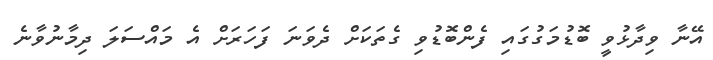
އޭނާ ވިދާޅުވީ ބޮޑުމަގުގައި ފެންބޮޑުވި ގެތަކަށް ދެވަނަ ފަހަރަށް އެ މައްސަލަ ދިމާނުވާނެ